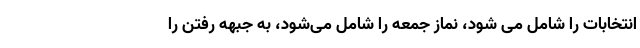
انتخابات را شامل می شود، نماز جمعه را شامل می‌شود، به جبهه رفتن را